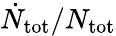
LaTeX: \dot{N}_{\mathrm{{tot}}}/N_{\mathrm{{tot}}}